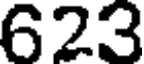
623